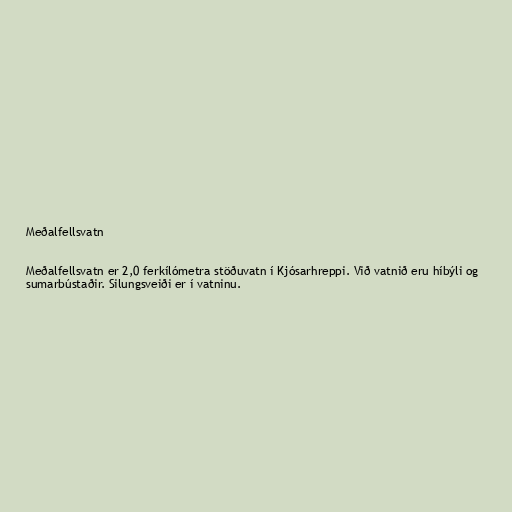
Meðalfellsvatn

Meðalfellsvatn er 2,0 ferkílómetra stöðuvatn í Kjósarhreppi. Við vatnið eru híbýli og
sumarbústaðir. Silungsveiði er í vatninu.